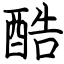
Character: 酷